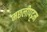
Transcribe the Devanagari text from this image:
मछलीपट्टम